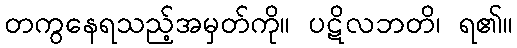
တကွနေရသည့်အမှတ်ကို။ ပဋိလဘတိ၊ ရ၏။